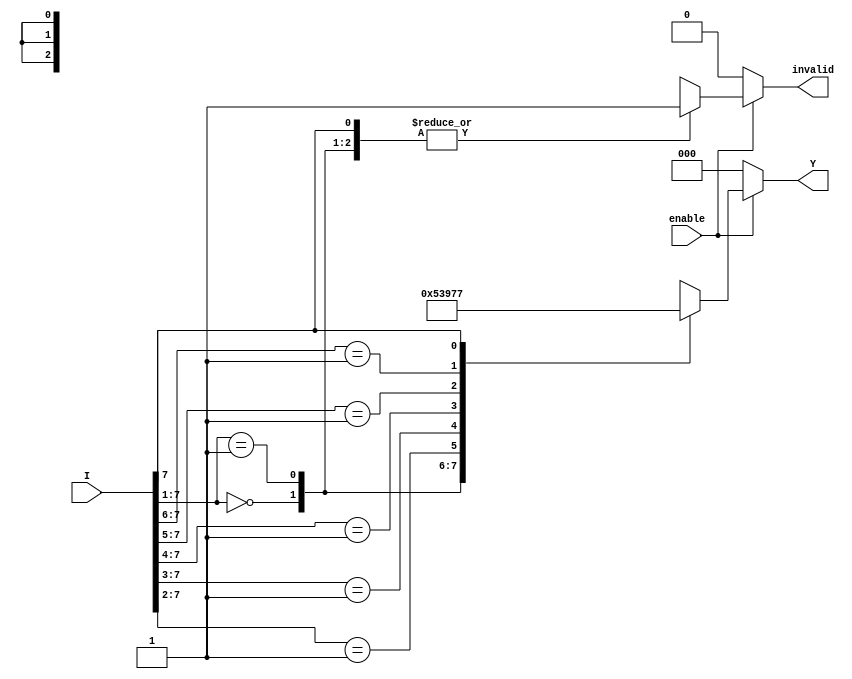
module octal_to_binary_encoder (
    input wire [7:0] I,      // Octal input (8 lines: I0 to I7)
    input wire enable,       // Enable signal
    output reg [2:0] Y,      // Binary output (3 bits)
    output reg invalid       // Invalid input flag
);

always @(*) begin
    if (!enable) begin
        // If disable, set output to zero and invalid flag to low
        Y = 3'b000;
        invalid = 0;
    end else begin
        // Default output and invalid flag
        Y = 3'b000;
        invalid = 1;

        // Priority encoding logic
        casez (I)
            8'b0000000?: Y = 3'b000; // I0
            8'b0000001?: Y = 3'b001; // I1
            8'b000001??: Y = 3'b010; // I2
            8'b00001???: Y = 3'b011; // I3
            8'b0001????: Y = 3'b100; // I4
            8'b001?????: Y = 3'b101; // I5
            8'b01??????: Y = 3'b110; // I6
            8'b1??????? : Y = 3'b111; // I7
            default: begin
                // If multiple inputs are high or no input is high
                Y = 3'b000; // Default output for invalid state
                invalid = 1; // Set invalid flag
            end
        endcase
    end
end

endmodule